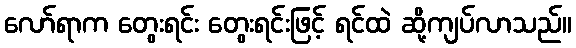
လော်ရာက တွေးရင်း တွေးရင်းဖြင့် ရင်ထဲ ဆို့ကျပ်လာသည်။